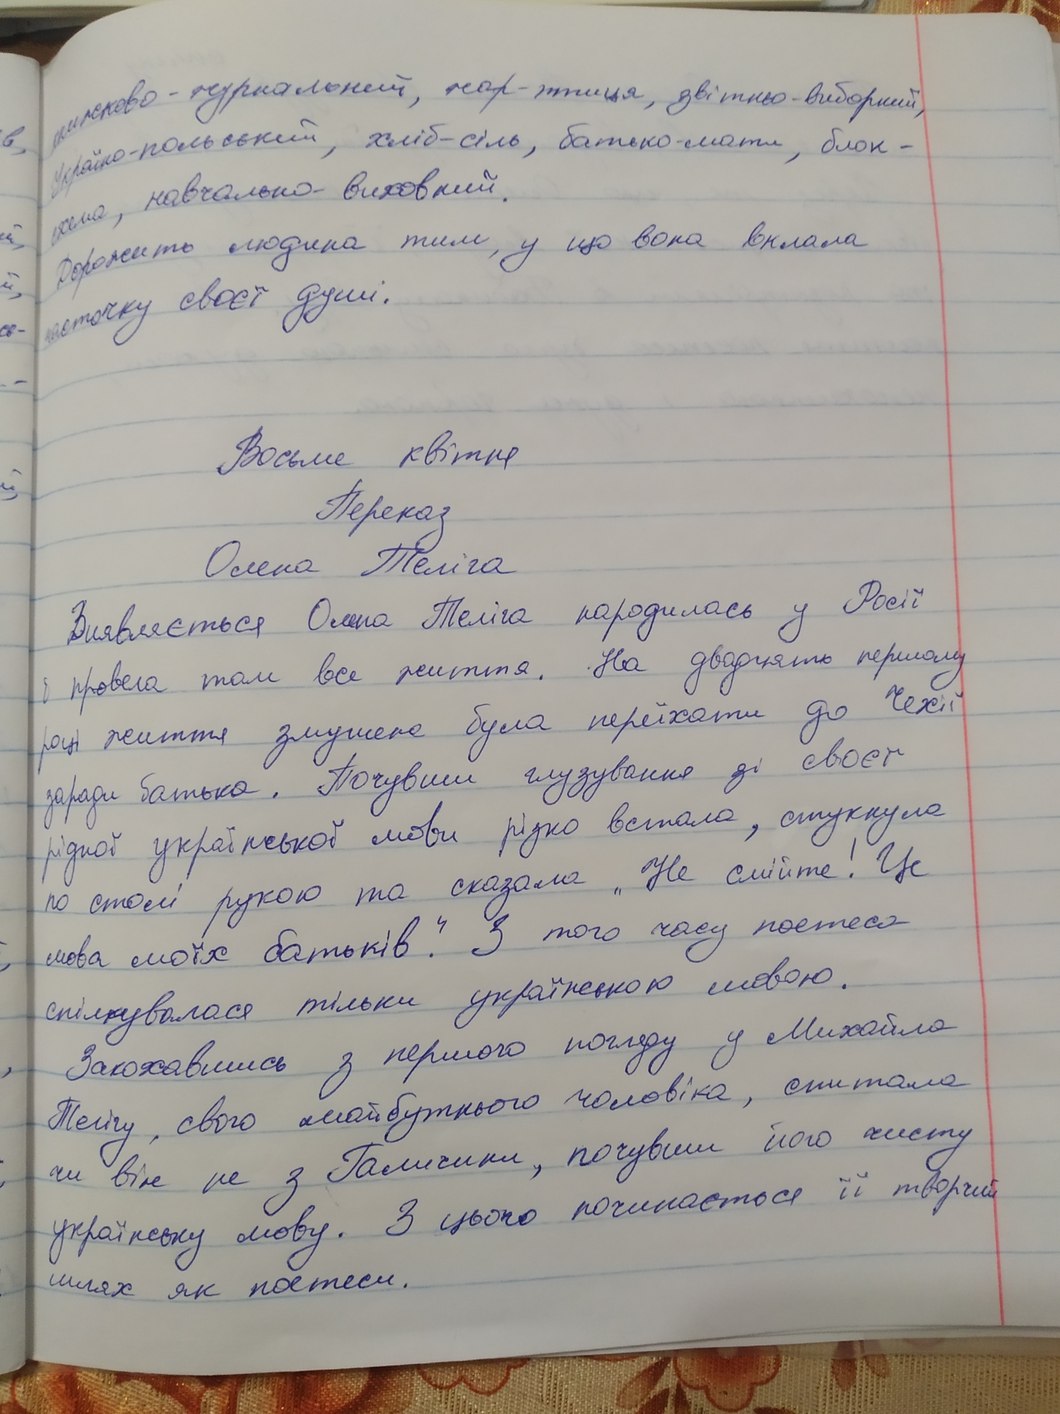
книжково-журнальний, жар-птиця, звітньо-виборний,
Україно-польський, хліб-сіль, батько-мати, блок-
схема, навчально-виховний
Дорожить людина тим, у що вона вклала
часточку своєї душі.
Восьме квітня
Переказ
Олена Теліга
Виявляється Олена Теліга народилась у Росії
і провела там все життя. На двадцять першому
ролі життя змушене була переїхати до Чехії
заради батька. Почувши глузування від своєї
рідної українової мови різко встала, стукнула
по столі рукою та сказав: "Не смійте! Це
мова моїх батьків". З того часу поетеса
спілкувалася тільки українською мовою.
Закохавшись з першого погляду у Михайла
Телігу, свого майбутнього чоловіка, спитала
чи він не з Галичини, почувши його чисту
українську мову. З цього почалася її творчість
шлях як поетеси.